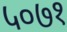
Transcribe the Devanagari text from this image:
५०७१